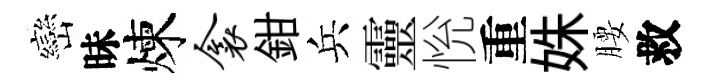
巒昧煉衾鉗兵靈恱重姝腰救